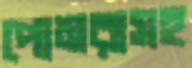
পোমরাসহ